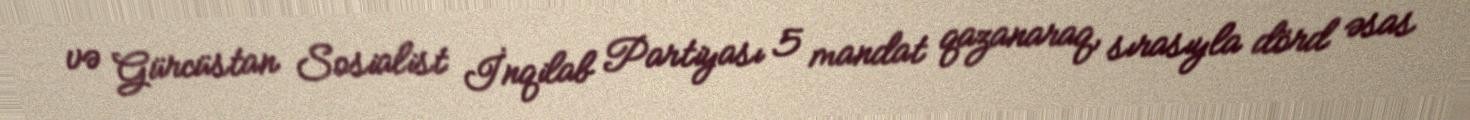
və Gürcüstan Sosialist İnqilab Partiyası 5 mandat qazanaraq, sırasıyla dörd əsas